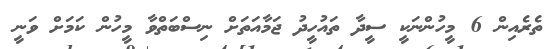
ތެރެއިން 6 މީހުންނަކީ ސީދާ ތައުހީދު ޖަމާއަތަށް ނިސްބަތްވާ މީހުން ކަމަށް ވަނީ